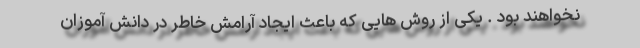
نخواهند بود . یکی از روش هایی که باعث ایجاد آرامش خاطر در دانش آموزان